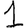
Digit: 1